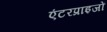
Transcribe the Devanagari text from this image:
एंटरप्राइजों